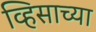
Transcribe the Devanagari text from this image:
व्हिसाच्या